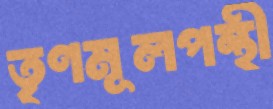
তৃণমূলপন্থী